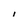
Character: l